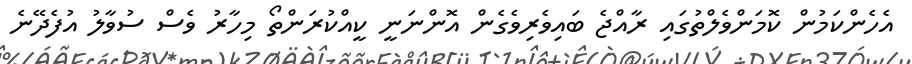
އެހެންކަމުން ކޮމަންވެލްތުގައި ރާއްޖެ ބައިވެރިވެގެން އޮންނަނީ ކީއްކުރަންތޯ މިހާރު ވެސް ސުވާލު އުފެދޭނެ